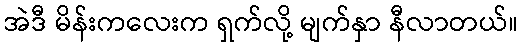
အဲဒီ မိန်းကလေးက ရှက်လို့ မျက်နှာ နီလာတယ်။